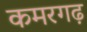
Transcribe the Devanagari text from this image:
कमरगढ़